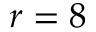
r = 8